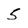
Character: 5